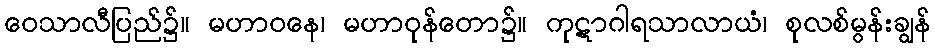
ဝေသာလီပြည်၌။ မဟာဝနေ၊ မဟာဝုန်တော၌။ ကုဋာဂါရသာလာယံ၊ စုလစ်မွန်းချွန်